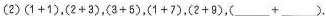
(2)$$( 1 + 1 )$$，$$( 2 + 3 )$$，$$( 3 + 5 )$$，$$( 1 + 7 )$$，$$( 2 + 9 )$$，$$( ___ + ___ )$$.